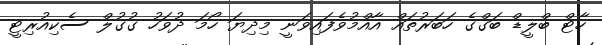
ހާޓް ބްލީޑް ބަގްގެ ހަބަރުތައް އާއްމުވެފައިވަނީ މިދިޔަ ހޯމަ ދުވަހު ގުގުލް ސެކިއުރިޓީ